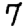
Digit: 7